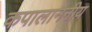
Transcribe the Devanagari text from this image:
कपालाननीय